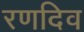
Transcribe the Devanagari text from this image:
रणदिव